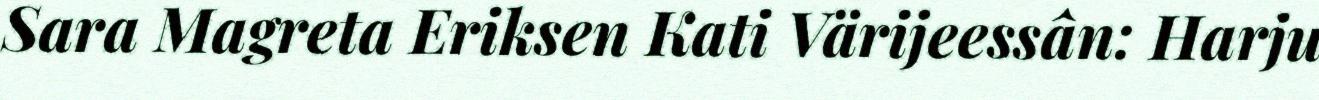
Sara Magreta Eriksen Kati Värijeessân: Harju